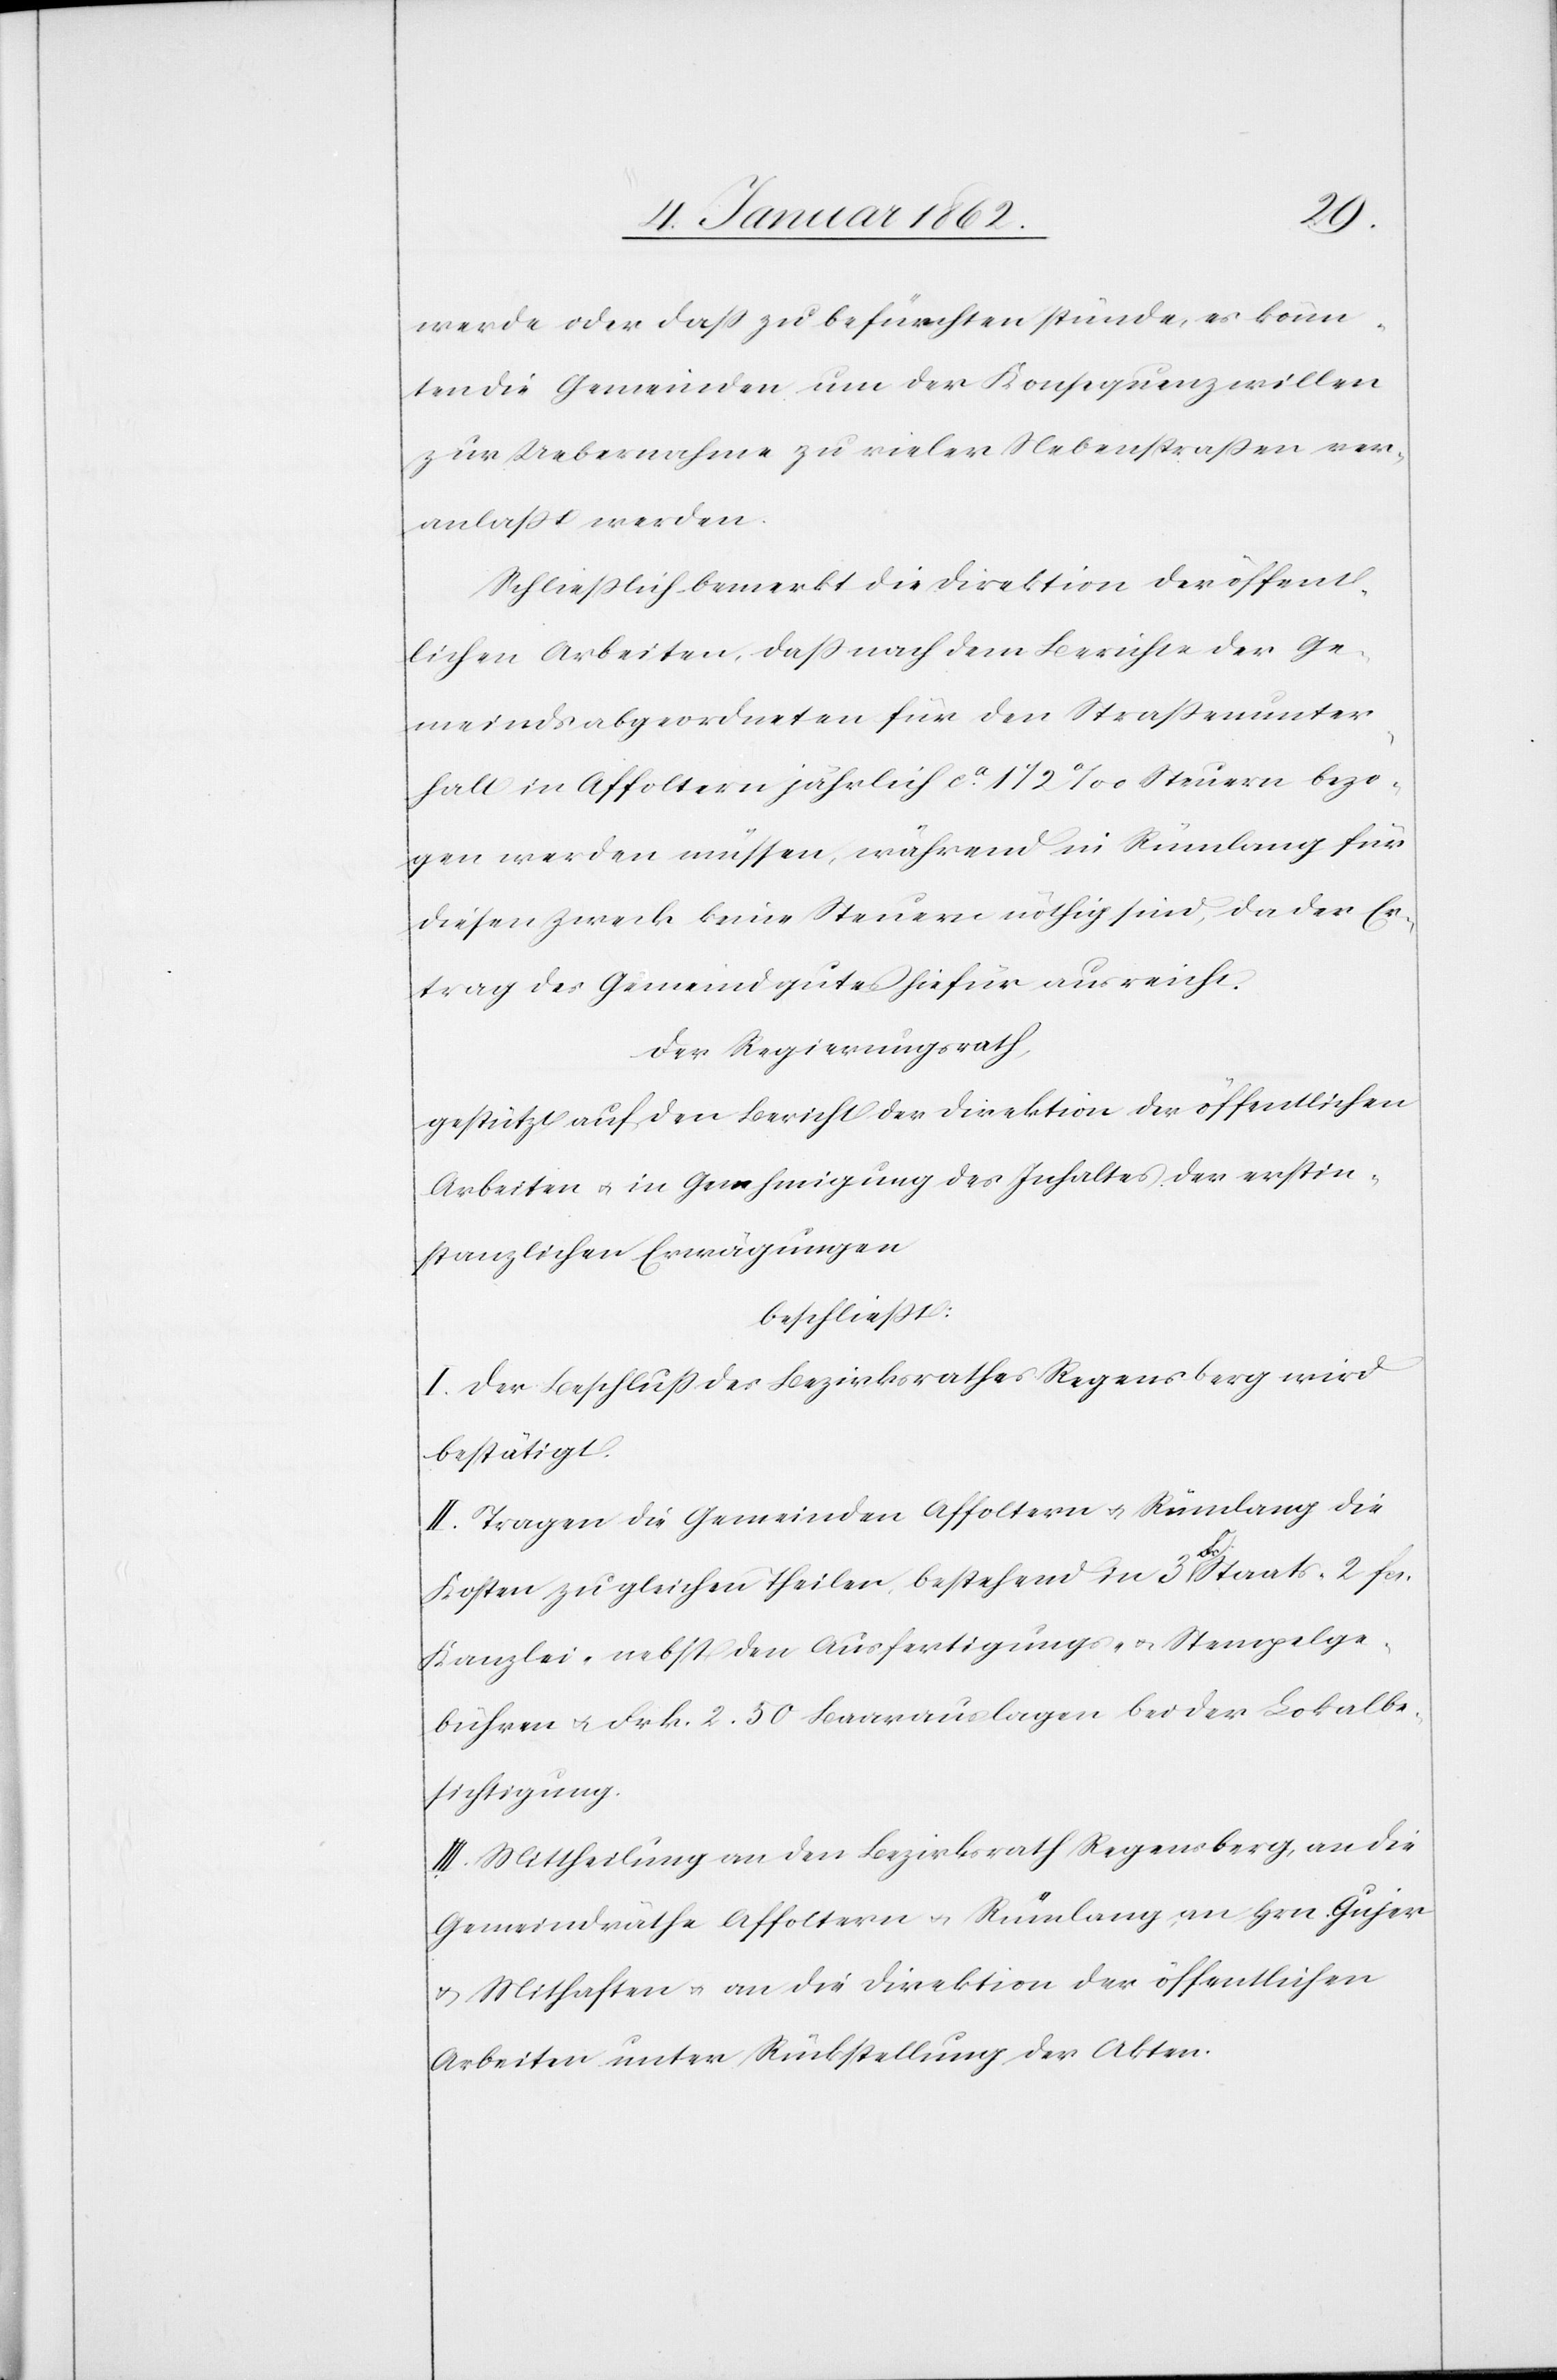
werde oder daß zu befürchten stünde, es könn¬
ten die Gemeinden um der Konsequenz willen
zur Uebernahme zu vieler Nebenstraßen ver¬
anlaßt werden.
Schließlich bemerkt die Direktion der öffent¬
lichen Arbeiten, daß nach dem Berichte der Ge¬
meindsabgeordneten für den Straßenunter¬
halt in Affoltern jährlich ca. 1 1/2‰ Steuern bezo¬
gen werden müssen, während in Rümlang für
diesen Zweck keine Steuern nöthig sind, da der Er¬
trag des Gemeindgutes hiefür ausreicht.
Der Regierungsrath,
gestützt auf den Bericht der Direktion der öffentlichen
Arbeiten u. in Genehmigung des Inhaltes der erstin¬
stanzlichen Erwägungen
beschließt:
I. Der Beschluß des Bezirksrathes Regensberg wird
bestätigt.
II. Tragen die Gemeinden Affoltern u. Rümlang die
Kosten zu gleichen Theilen, bestehend in 3 Fr. Staats- 2 fcs.
Kanzlei- nebst den Ausfertigungs- u. Stempelge¬
bühren u. Frk. 2.50 Baarauslagen bei der Lokalbe¬
sichtigung.
III. Mittheilung an den Bezirksrath Regensberg, an die
Gemeindräthe Affoltern u. Rümlang, an Hrn. Gujer
u. Mithaften u. an die Direktion der öffentlichen
Arbeiten unter Rückstellung der Akten.